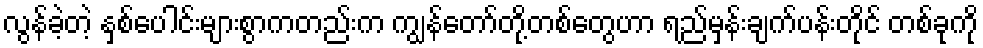
လွန်ခဲ့တဲ့ နှစ်ပေါင်းများစွာကတည်းက ကျွန်တော်တို့တစ်တွေဟာ ရည်မှန်းချက်ပန်းတိုင် တစ်ခုကို